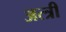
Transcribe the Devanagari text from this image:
अत्त्री